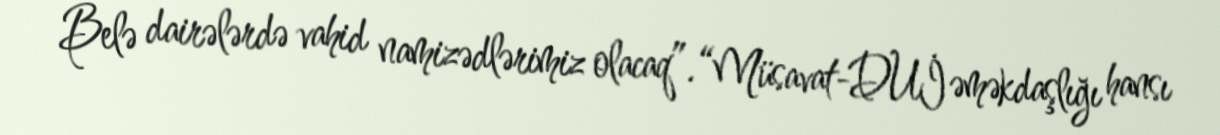
Belə dairələrdə vahid namizədlərimiz olacaq”.“Müsavat-DUİ əməkdaşlığı hansı